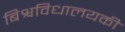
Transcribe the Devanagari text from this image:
बिश्वविधालयकी